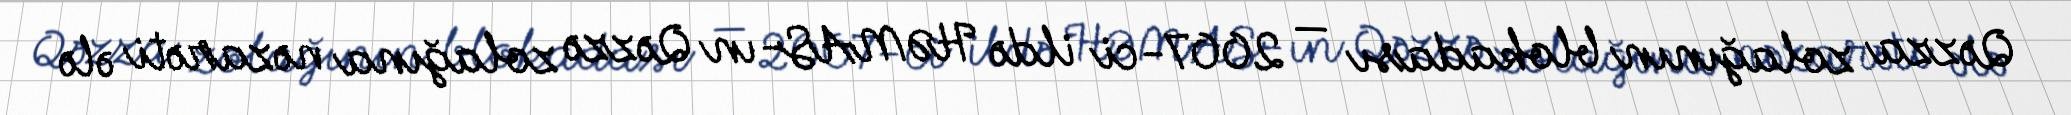
Qəzza zolağının blokadası — 2007-ci ildə HƏMAS-ın Qəzzə zolağına nəzarəti ələ